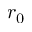
r _ { 0 }